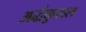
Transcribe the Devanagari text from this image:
अर्द्धकुशल